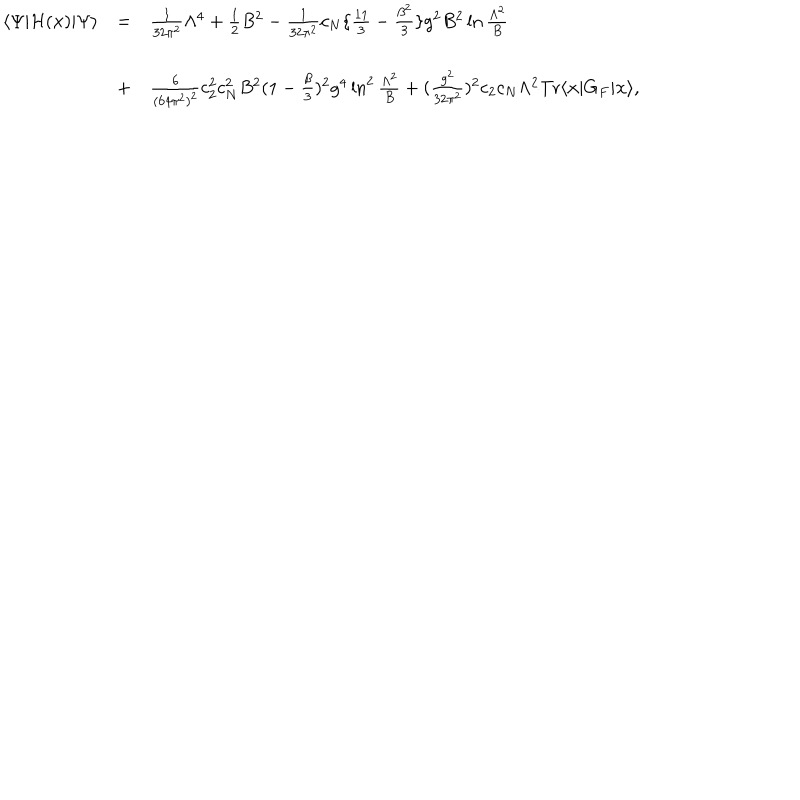
\begin{array} { l l l } { { \langle \Psi | { \cal H } ( { \bf x } ) | \Psi \rangle } } & { { = } } & { { \frac { 1 } { 3 2 \pi ^ { 2 } } \Lambda ^ { 4 } + \frac { 1 } { 2 } B ^ { 2 } - \frac { 1 } { 3 2 \pi ^ { 2 } } c _ { N } \{ \frac { 1 1 } { 3 } - \frac { \beta ^ { 2 } } { 3 } \} g ^ { 2 } B ^ { 2 } \ln \frac { \Lambda ^ { 2 } } { B } } } \\ { { } } & { { } } & { { } } \\ { { } } & { { + } } & { { \frac { 6 } { ( 6 4 \pi ^ { 2 } ) ^ { 2 } } c _ { 2 } ^ { 2 } c _ { N } ^ { 2 } B ^ { 2 } ( 1 - \frac { \beta } { 3 } ) ^ { 2 } g ^ { 4 } \ln ^ { 2 } \frac { \Lambda ^ { 2 } } { B } + ( \frac { g ^ { 2 } } { 3 2 \pi ^ { 2 } } ) ^ { 2 } c _ { 2 } c _ { N } \Lambda ^ { 2 } \mathrm { T r } \langle { \bf x } | G _ { F } | { \bf x } \rangle , } } \\ \end{array}